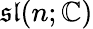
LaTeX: {\mathfrak{sl}}(n;\mathbb{C})